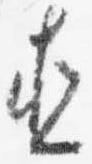
直